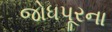
જોધપૂરના